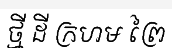
ថ្មី ដី ក្រហម ព្រៃ